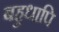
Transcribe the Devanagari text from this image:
बहुधापि